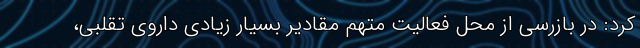
کرد: در بازرسی از محل فعالیت متهم مقادیر بسیار زیادی داروی تقلبی،